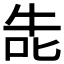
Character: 𭇤